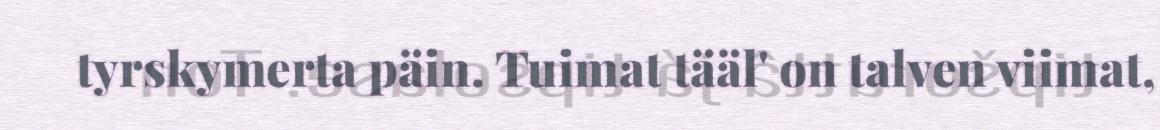
tyrskymerta päin. Tuimat tääl' on talven viimat,